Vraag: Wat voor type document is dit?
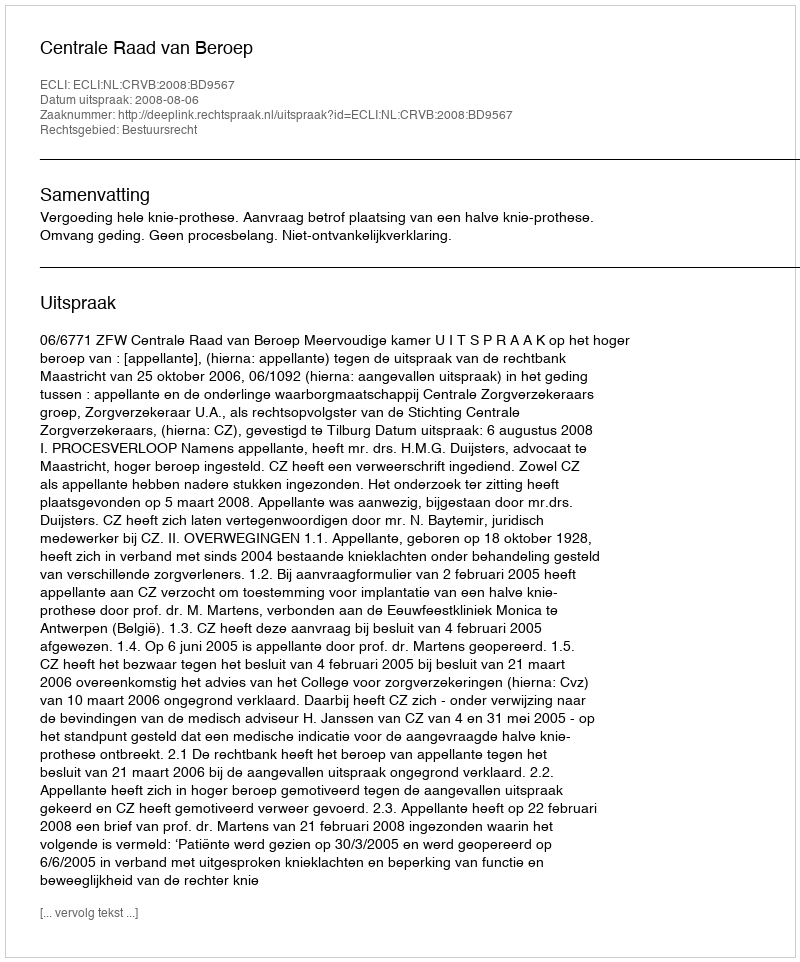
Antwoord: Uitspraak